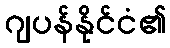
ဂျပန်နိုင်ငံ၏